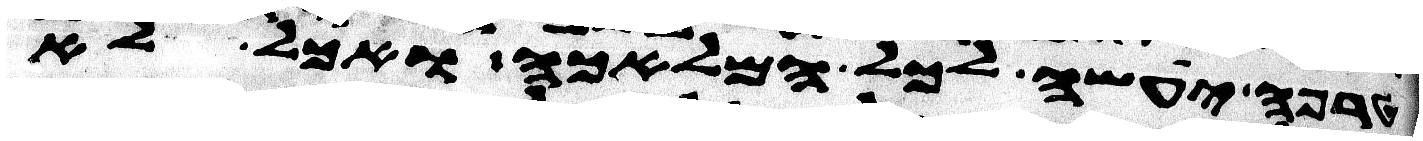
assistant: טרפה יעשה לכל המלאכה ואכל לא